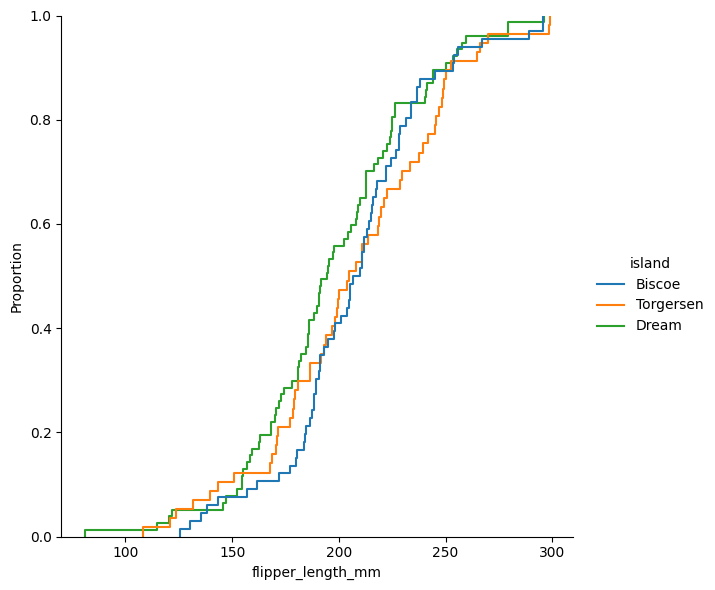
python, seaborn, displot, kind='ecdf', column='flipper_length_mm', hue='island', height=6, aspect=1.0